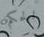
الحكم